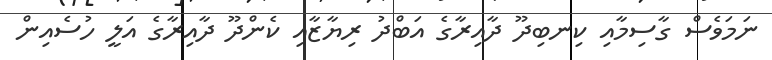
ނަމަވެސް ގާސިމާއި ކިނބިދޫ ދާއިރާގެ އަބްދު ރިޔާޒާއި ކެންދޫ ދާއިރާގެ އަލީ ހުސެއިން